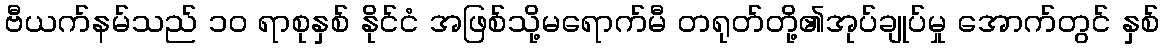
ဗီယက်နမ်သည် ၁၀ ရာစုနှစ် နိုင်ငံ အဖြစ်သို့မရောက်မီ တရုတ်တို့၏အုပ်ချုပ်မှု အောက်တွင် နှစ်